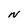
Character: N